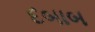
દબાબ